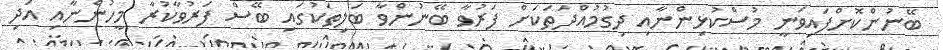
ބޭނުންކޮށްފައިވަނީ މުސްކުޅިންނާއި ދިގުމުއްދަތަކަށް ފަރުވާ ބޭނުންވާ ބަލިތަކުގައި ބޭސް ފަރުވާކުރާ މީހުންނާއި އަދި